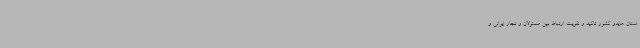
استان هایدو کشور تاکید و تقویت ارتباط بین مسئولان و تجار ایرانی و